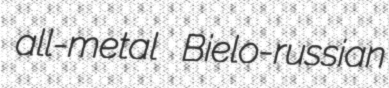
all-metal Bielo-russian